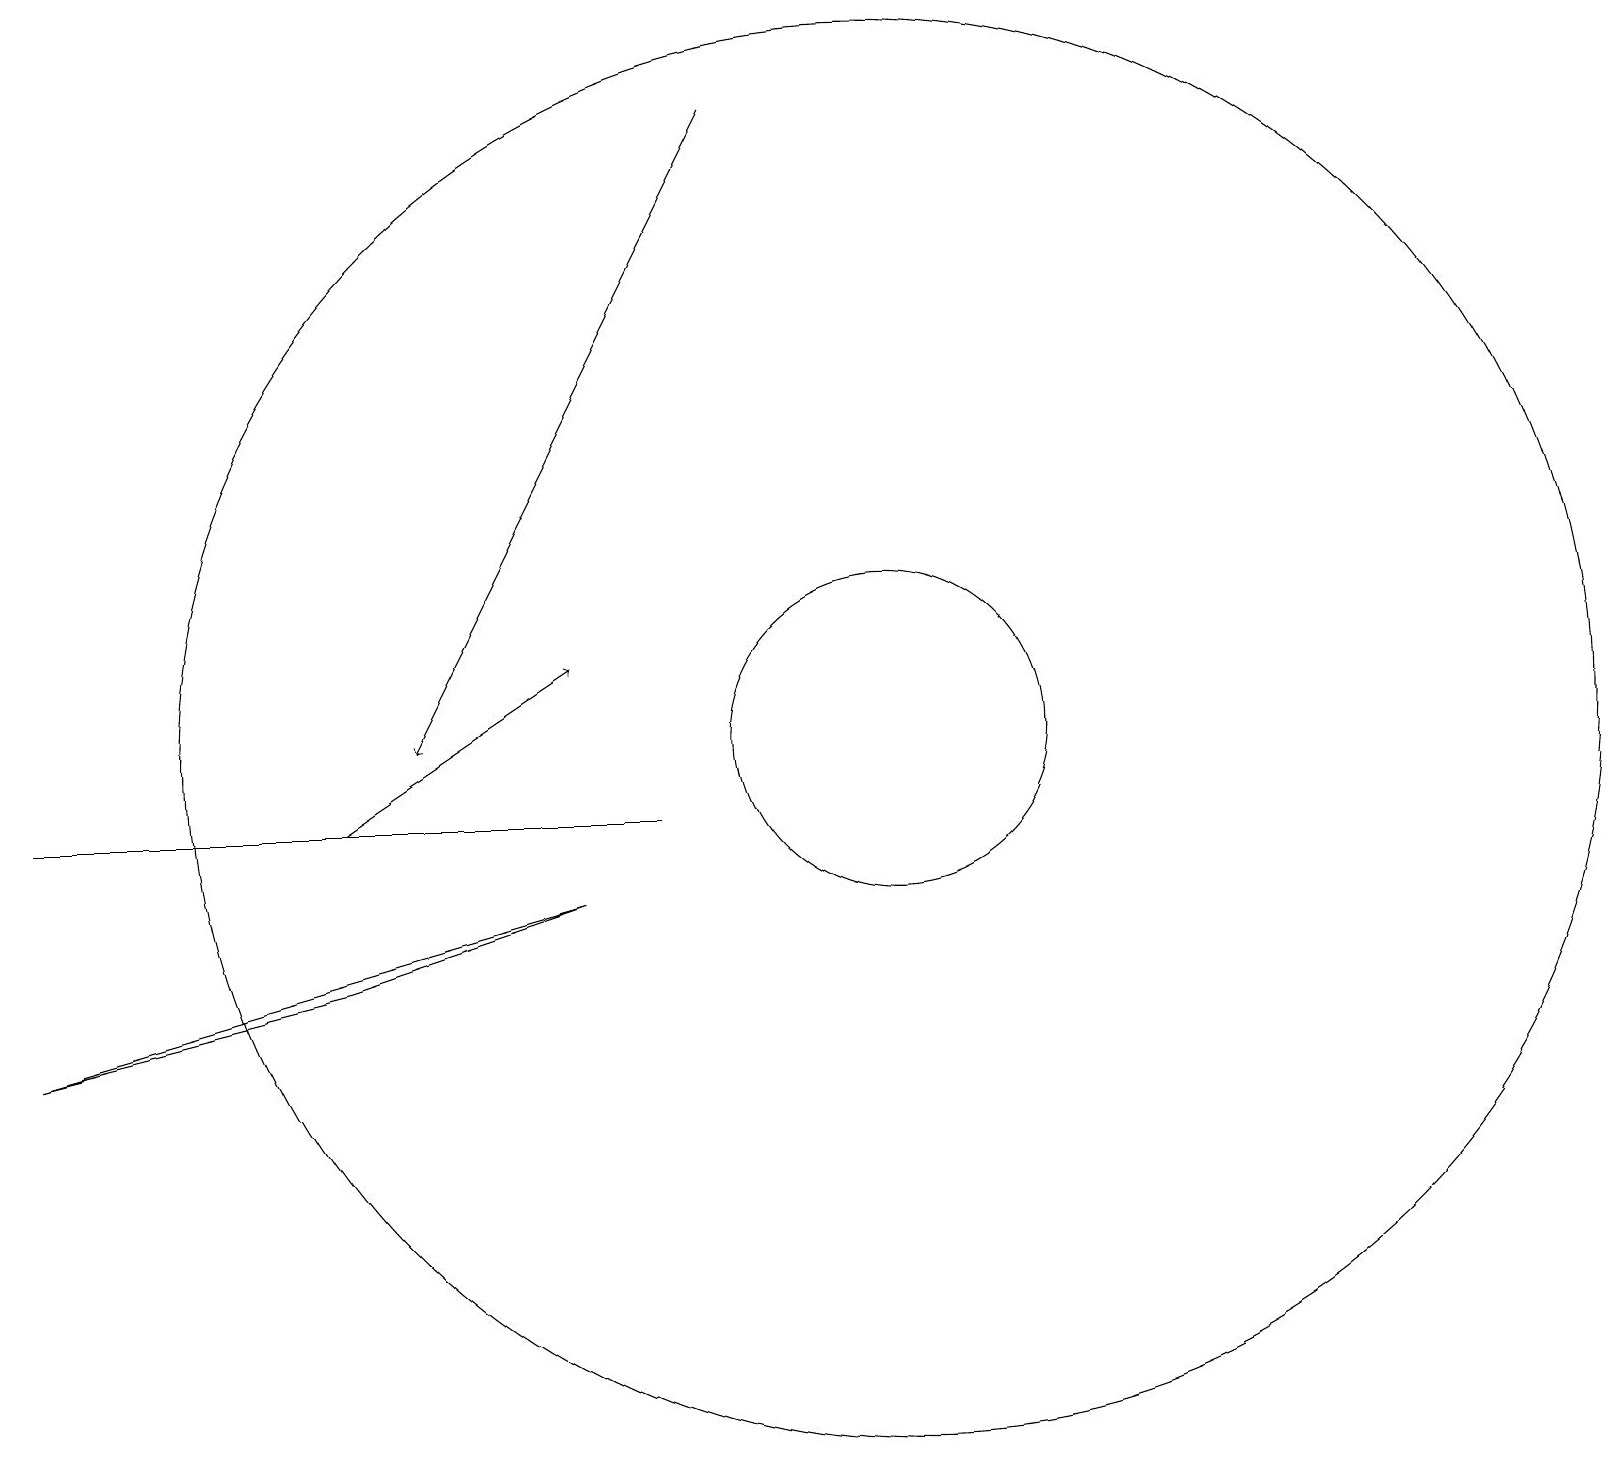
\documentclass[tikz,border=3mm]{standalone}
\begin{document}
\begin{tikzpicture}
\draw (11,11) circle (9);
\draw[->] (9,19) -- (5,11);
\draw (11,11) circle (2);
\draw[->] (4,10) -- (7,12);
\draw (8,10) rectangle (0,10);
\draw (7,9) -- (0,7) -- (4,8) -- cycle;
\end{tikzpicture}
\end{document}